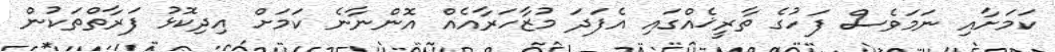
ކަމަށާއި ނަމަވެސް ފަހުގެ ތާރީޚެއްގައި އެފަދަ މުޒާހަރާއެއް އޮންނާނެ ކަމަށް އިދިކޮޅު ފަރާތްތަކުން